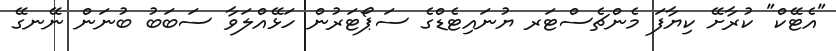
"އެޓޭކް" ކުރާށޭ ކިޔާފަ މެންޗެސްޓަރ ޔުނައިޓެޑްގެ ސަޕޯޓަރުން ހަޅޭއްލަވާ ސަބަބު ބުނަން ނޭނގޭ